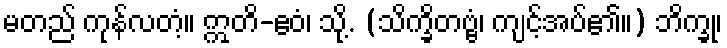
မတည် ကုန်လတံ့။ ဣတိ-ဧဝံ၊ သို့. (သိက္ခိတဗ္ဗံ၊ ကျင့်အပ်၏။) ဘိက္ခု၊